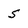
Character: 5